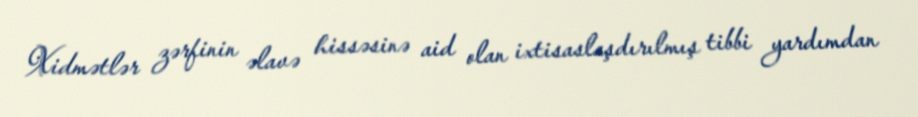
Xidmətlər zərfinin əlavə hissəsinə aid olan ixtisaslaşdırılmış tibbi yardımdan